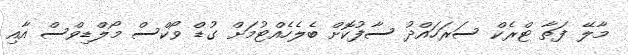
މާލޭ ފަތާ ޓްރެކް ސަރަހައްދު ސާފުކޮށް ބެލެހެއްޓުމަށް ގުޑް ވޯކްސް މޯލްޑިވްސް އާއި